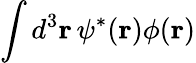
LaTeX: \int d^{3}\mathbf{r}\, \psi^{*}(\mathbf{r})\phi(\mathbf{r})